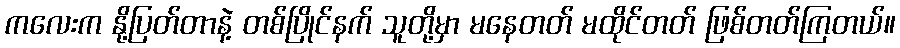
ကလေးက နို့ပြတ်တာနဲ့ တစ်ပြိုင်နက် သူတို့မှာ မနေတတ် မထိုင်တတ် ဖြစ်တတ်ကြတယ်။